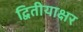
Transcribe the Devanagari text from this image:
द्वितीयाक्षर